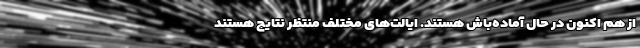
از هم اکنون در حال آماده‌باش هستند. ایالت‌های مختلف منتظر نتایج هستند